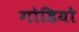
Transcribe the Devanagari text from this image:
गोडियो